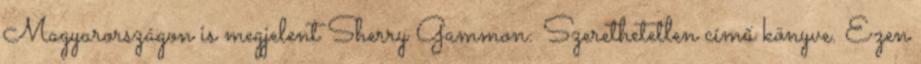
Magyarországon is megjelent Sherry Gammon: Szerethetetlen című könyve. Ezen